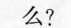
么?